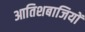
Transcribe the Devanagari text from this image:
आतिशबाजियों